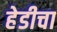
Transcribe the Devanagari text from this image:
हेडीचा